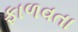
ફાળવતા